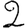
Digit: 2